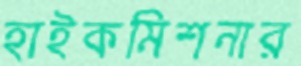
হাইকমিশনার